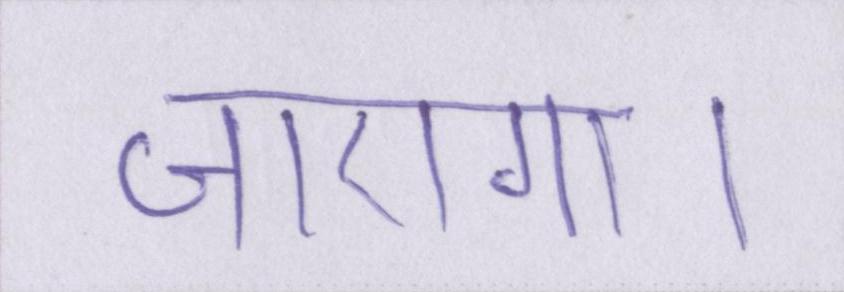
जाएगा।